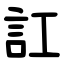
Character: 訌